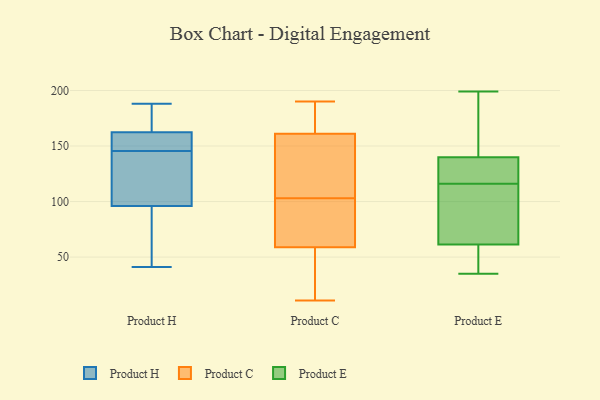
{"axis": {"x": "Gross Profit (USD K)", "y": "Value"}, "legend": ["Product C", "Product E", "Product H"], "data": [{"x": "", "y": 156, "type": "Product H"}, {"x": "", "y": 151, "type": "Product H"}, {"x": "", "y": 188, "type": "Product H"}, {"x": "", "y": 162, "type": "Product H"}, {"x": "", "y": 188, "type": "Product H"}, {"x": "", "y": 41, "type": "Product H"}, {"x": "", "y": 140, "type": "Product H"}, {"x": "", "y": 184, "type": "Product H"}, {"x": "", "y": 110, "type": "Product H"}, {"x": "", "y": 52, "type": "Product H"}, {"x": "", "y": 118, "type": "Product H"}, {"x": "", "y": 89, "type": "Product H"}, {"x": "", "y": 154, "type": "Product H"}, {"x": "", "y": 163, "type": "Product H"}, {"x": "", "y": 103, "type": "Product H"}, {"x": "", "y": 68, "type": "Product H"}, {"x": "", "y": 64, "type": "Product C"}, {"x": "", "y": 114, "type": "Product C"}, {"x": "", "y": 190, "type": "Product C"}, {"x": "", "y": 40, "type": "Product C"}, {"x": "", "y": 172, "type": "Product C"}, {"x": "", "y": 143, "type": "Product C"}, {"x": "", "y": 31, "type": "Product C"}, {"x": "", "y": 100, "type": "Product C"}, {"x": "", "y": 170, "type": "Product C"}, {"x": "", "y": 175, "type": "Product C"}, {"x": "", "y": 122, "type": "Product C"}, {"x": "", "y": 11, "type": "Product C"}, {"x": "", "y": 103, "type": "Product C"}, {"x": "", "y": 39, "type": "Product C"}, {"x": "", "y": 66, "type": "Product C"}, {"x": "", "y": 129, "type": "Product C"}, {"x": "", "y": 57, "type": "Product C"}, {"x": "", "y": 167, "type": "Product C"}, {"x": "", "y": 71, "type": "Product C"}, {"x": "", "y": 74, "type": "Product E"}, {"x": "", "y": 117, "type": "Product E"}, {"x": "", "y": 35, "type": "Product E"}, {"x": "", "y": 191, "type": "Product E"}, {"x": "", "y": 71, "type": "Product E"}, {"x": "", "y": 102, "type": "Product E"}, {"x": "", "y": 199, "type": "Product E"}, {"x": "", "y": 49, "type": "Product E"}, {"x": "", "y": 131, "type": "Product E"}, {"x": "", "y": 108, "type": "Product E"}, {"x": "", "y": 127, "type": "Product E"}, {"x": "", "y": 129, "type": "Product E"}, {"x": "", "y": 45, "type": "Product E"}, {"x": "", "y": 58, "type": "Product E"}, {"x": "", "y": 145, "type": "Product E"}, {"x": "", "y": 116, "type": "Product E"}, {"x": "", "y": 143, "type": "Product E"}, {"x": "", "y": 53, "type": "Product E"}, {"x": "", "y": 159, "type": "Product E"}]}